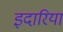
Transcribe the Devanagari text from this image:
इदारिया